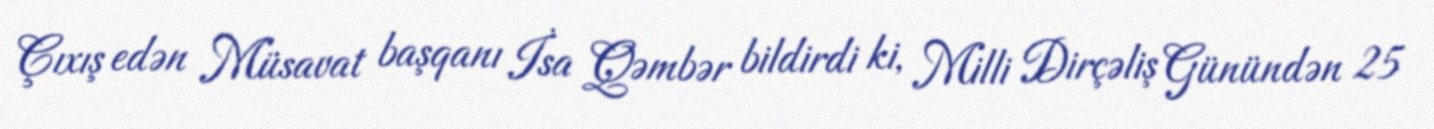
Çıxış edən Müsavat başqanı İsa Qəmbər bildirdi ki, Milli Dirçəliş Günündən 25